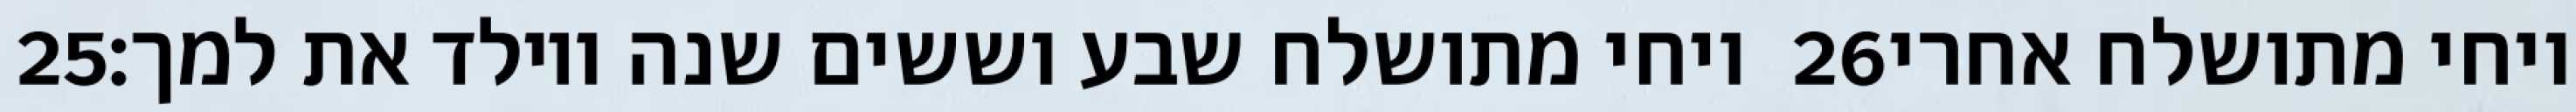
‎25‏ ויחי מתושלח שבע וששים שנה ויולד את למך׃ ‎26‏ ויחי מתושלח אחרי